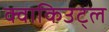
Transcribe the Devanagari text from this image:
क्वाकिउट्ल